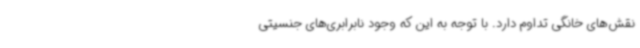
نقش‌های خانگی تداوم دارد. با توجه به این که وجود نابرابری‌های جنسیتی